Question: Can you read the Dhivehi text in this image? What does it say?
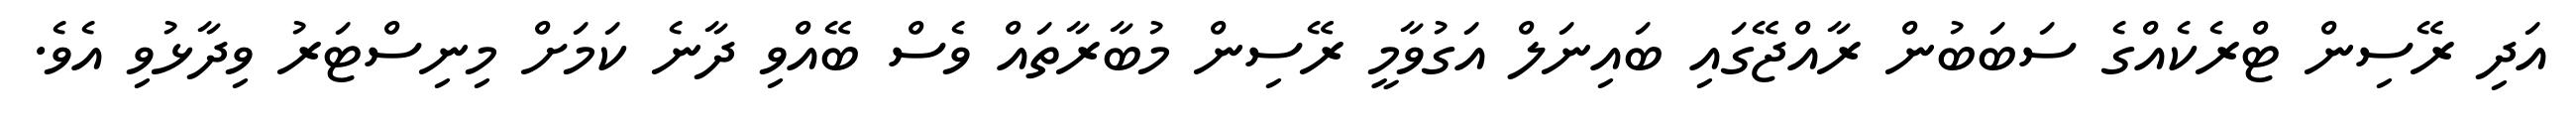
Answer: އަދި ރޭސިން ޓްރެކެއްގެ ސަބަބުން ރާއްޖޭގައި ބައިނަލް އަގުވާމީ ރޭސިން މުބާރާތައް ވެސް ބޭއްވި ދާނެ ކަމަށް މިނިސްޓަރު ވިދާޅުވި އެވެ.